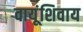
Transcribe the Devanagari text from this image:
वायूंशिवाय